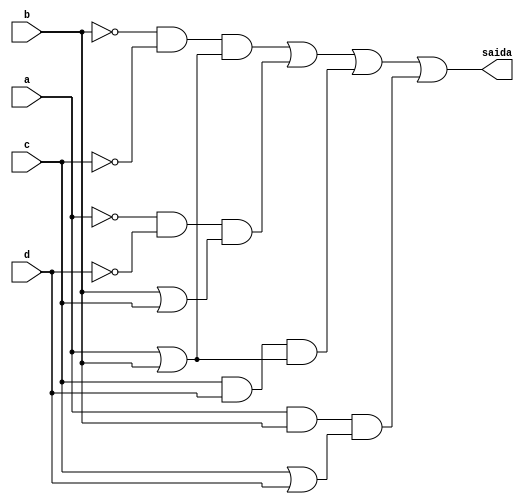
// Nome: Thaise Souto Martins
// Matrcula: 395504

module metodoprovaf ( saida,a,b,c,d );

output saida;
input a,b,c,d;
wire temp1,temp2,temp3,temp4,temp5,temp6,temp7,temp8,temp9,temp10,temp11,temp12;
wire temp13,temp14,temp15,temp16;



not NOT1 (temp1,b);
not NOT2 (temp2,c);
and AND1 (temp3,temp1,temp2);
or OR1   (temp4,a,b);
and AND2 (temp5,temp3,temp4);
not NOT3 (temp6,a);
not NOT4 (temp7,d);
and AND3 (temp8,temp6,temp7);
or OR2   (temp9,b,c);
and AND4 (temp10,temp8,temp9);
and AND5 (temp11,c,d);
or OR3   (temp12,a,b);
and AND6 (temp13,temp11,temp12);
and AND7 (temp14,a,b);
or OR4   (temp15,c,d);
and AND8 (temp16,temp14,temp15);
or OR5   (saida,temp5,temp10,temp13,temp16);


endmodule
 
module testprova1;
reg a,b,c,d;
wire saida;

metodoprovaf PROVAF ( saida,a,b,c,d );

initial begin:start
        a=0; b=0; c=0; d=0;
end

initial begin: main
#1 $display (" Circuito da questao f da prova ");
#1 $display (" a |  b |  c |  d  =  saida ");
  $monitor (" %b  | %b  | %b |  %b  =   %b ",a,b,c,d,saida);
           #1 a=0;    b=0;   c=0;   d=1;
			  #1 a=0;    b=0;   c=1;   d=0;
			  #1 a=0;    b=0;   c=1;   d=1;
			  #1 a=0;    b=1;   c=0;   d=0;
			  #1 a=0;    b=1;   c=0;   d=1;
			  #1 a=0;    b=1;   c=1;   d=0;
			  #1 a=0;    b=1;   c=1;   d=1;
			  #1 a=1;    b=0;   c=0;   d=0;
			  #1 a=1;    b=0;   c=0;   d=1;
			  #1 a=1;    b=0;   c=1;   d=0;
			  #1 a=1;    b=0;   c=1;   d=1;
			  #1 a=1;    b=1;   c=0;   d=0;
			  #1 a=1;    b=1;   c=0;   d=1;
			  #1 a=1;    b=1;   c=1;   d=0;
			  #1 a=1;    b=1;   c=1;   d=1;
			  
			  
			  
end
endmodule

/* registrando os resultados
     Circuito da questao f da prova 
     a  |  b |  c |  d  =  saida 
     0  | 0  | 0 |  0  =   0 
     0  | 0  | 0 |  1  =   0 
     0  | 0  | 1 |  0  =   1 
     0  | 0  | 1 |  1  =   0 
     0  | 1  | 0 |  0  =   1 
     0  | 1  | 0 |  1  =   0 
     0  | 1  | 1 |  0  =   1 
     0  | 1  | 1 |  1  =   1 
     1  | 0  | 0 |  0  =   1 
     1  | 0  | 0 |  1  =   1 
     1  | 0  | 1 |  0  =   0 
     1  | 0  | 1 |  1  =   1 
     1  | 1  | 0 |  0  =   0 
     1  | 1  | 0 |  1  =   1 
     1  | 1  | 1 |  0  =   1 
     1  | 1  | 1 |  1  =   1 
    
     ----jGRASP: operation complete.
       
 */